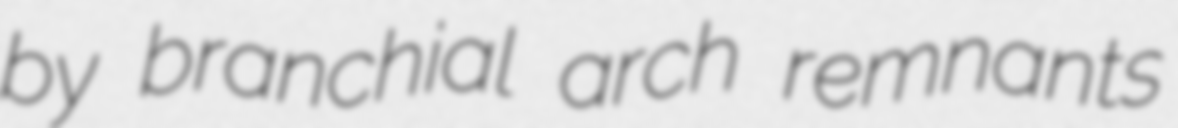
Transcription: by branchial arch remnants